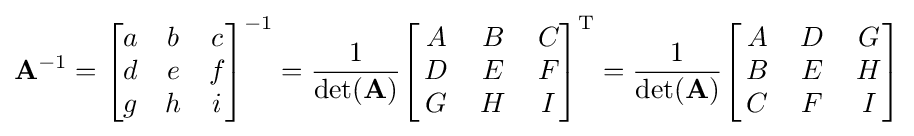
\mathbf {A} ^{-1}={\begin{bmatrix}a&b&c\\d&e&f\\g&h&i\\\end{bmatrix}}^{-1}={\frac {1}{\det(\mathbf {A} )}}{\begin{bmatrix}\,A&\,B&\,C\\\,D&\,E&\,F\\\,G&\,H&\,I\\\end{bmatrix}}^{\mathrm {T} }={\frac {1}{\det(\mathbf {A} )}}{\begin{bmatrix}\,A&\,D&\,G\\\,B&\,E&\,H\\\,C&\,F&\,I\\\end{bmatrix}}